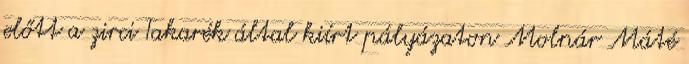
előtt a zirci Takarék által kiírt pályázaton Molnár Máté